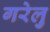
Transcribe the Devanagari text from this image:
गरेलु